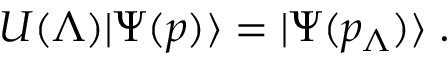
U ( \Lambda ) | \Psi ( p ) \rangle = | \Psi ( p _ { \Lambda } ) \rangle \; .